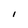
Character: I